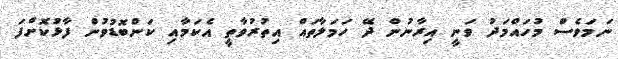
ނަމަވެސް މުހައްމަދު ވަނީ އިރާނުން ދޭ ހަމަލާތައް އިތުރުވާތީ އެކަމާއި ކަންބޮޑުވުން ފާޅުކޮށްފަ